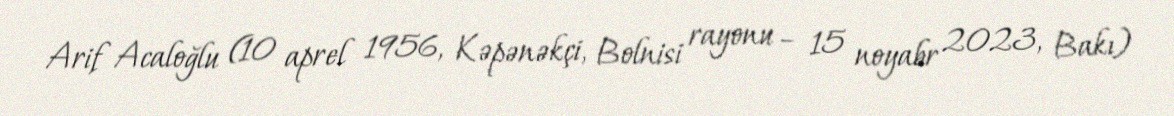
Arif Acaloğlu (10 aprel 1956, Kəpənəkçi, Bolnisi rayonu – 15 noyabr 2023, Bakı)